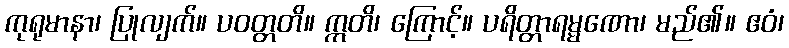
ကုရုမာနာ၊ ပြုလျက်။ ပဝတ္တတိ။ ဣတိ၊ ကြောင့်။ ပရိတ္တာရမ္မဏော၊ မည်၏။ ဧဝံ၊